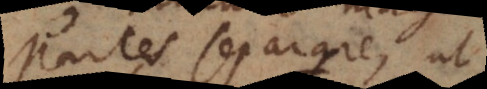
Partes separare, ut